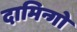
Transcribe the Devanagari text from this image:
दामिन्गो